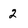
Character: 2